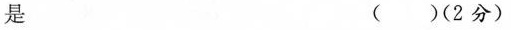
是 ( )(2分)